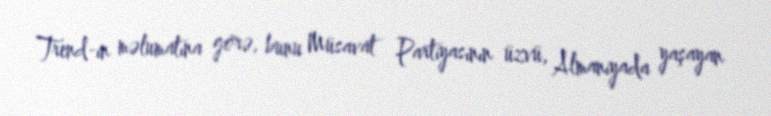
Trend-in məlumatına görə, bunu Müsavat Partiyasının üzvü, Almaniyada yaşayan